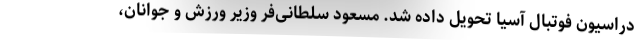
دراسیون فوتبال آسیا تحویل داده شد. مسعود سلطانی‌فر وزیر ورزش و جوانان،